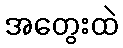
အတွေးထဲ